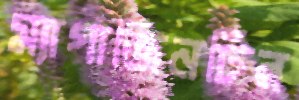
ম্যাগাজিনটির